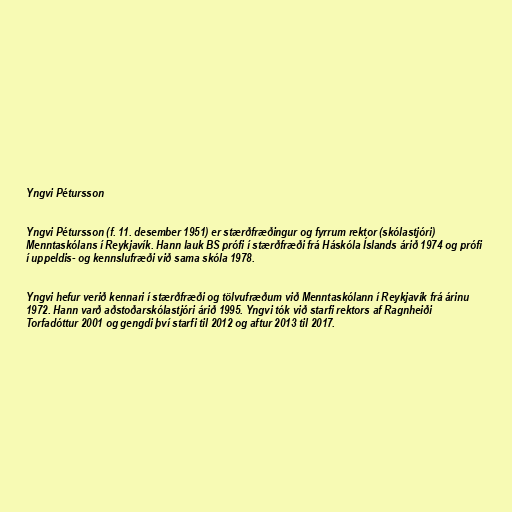
Yngvi Pétursson

Yngvi Pétursson (f. 11. desember 1951) er stærðfræðingur og fyrrum rektor (skólastjóri)
Menntaskólans í Reykjavík. Hann lauk BS prófi í stærðfræði frá Háskóla Íslands árið 1974 og prófi
í uppeldis- og kennslufræði við sama skóla 1978.

Yngvi hefur verið kennari í stærðfræði og tölvufræðum við Menntaskólann í Reykjavík frá árinu
1972. Hann varð aðstoðarskólastjóri árið 1995. Yngvi tók við starfi rektors af Ragnheiði
Torfadóttur 2001 og gengdi því starfi til 2012 og aftur 2013 til 2017.